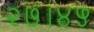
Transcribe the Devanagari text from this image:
२७।४५